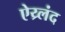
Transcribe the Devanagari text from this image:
ऐय्र्लंद